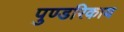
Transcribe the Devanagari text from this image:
पुण्डरिकाय